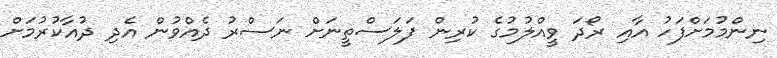
ނިންމުމަށްފަހު އާއި ރޯދަ ވީއްލުމުގެ ކުރިން ފަލަސްތީނަށް ނަސްރު ދެއްވުން އެދި ދުއާކުރުމަށް